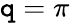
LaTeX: \mathtt{q}=\pi